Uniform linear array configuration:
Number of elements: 64
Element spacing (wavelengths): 0.25
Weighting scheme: hamming
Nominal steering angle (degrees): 30
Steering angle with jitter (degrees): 28.553
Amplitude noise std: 0.05
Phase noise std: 0.05

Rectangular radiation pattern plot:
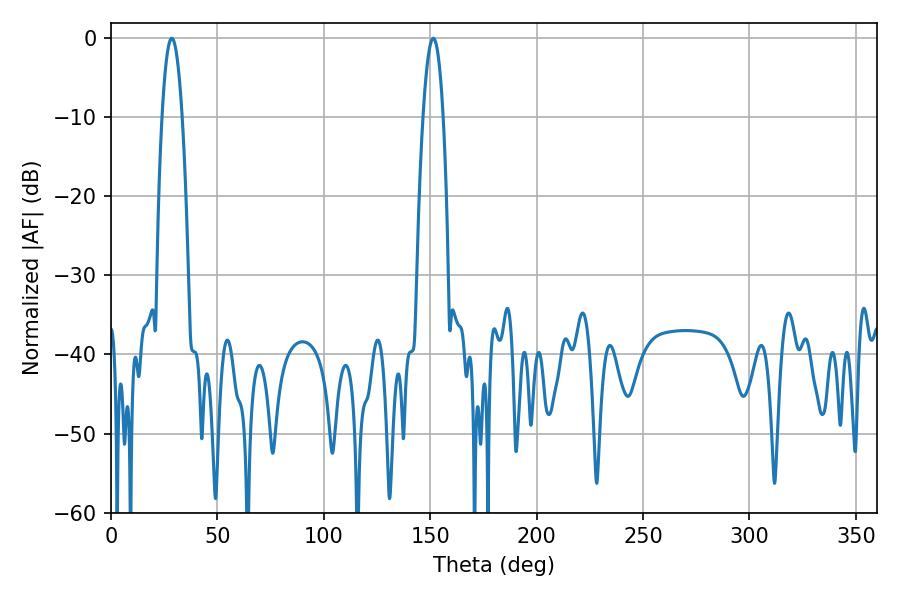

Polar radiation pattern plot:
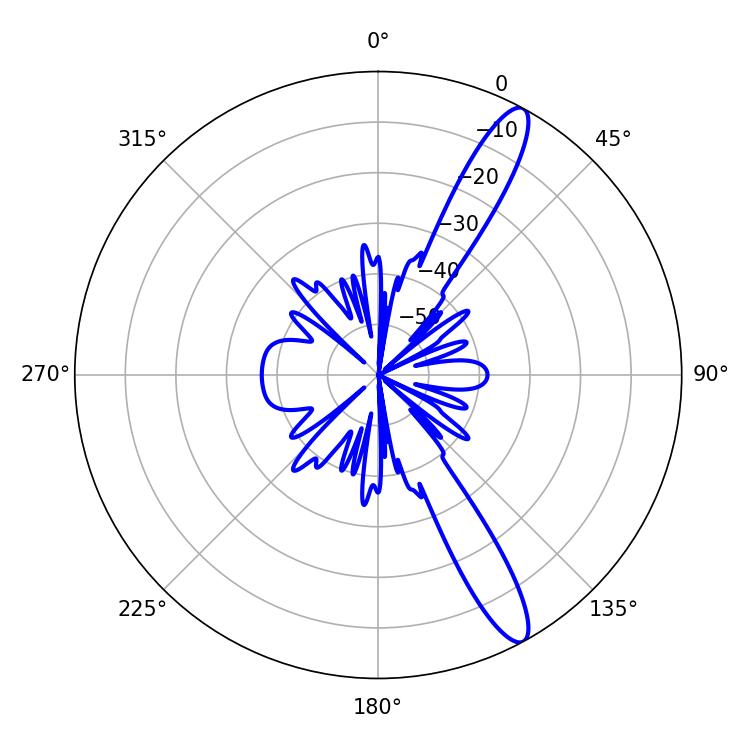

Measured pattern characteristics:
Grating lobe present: FALSE
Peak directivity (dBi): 13.272
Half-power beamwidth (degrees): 5.22
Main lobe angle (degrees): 28.62